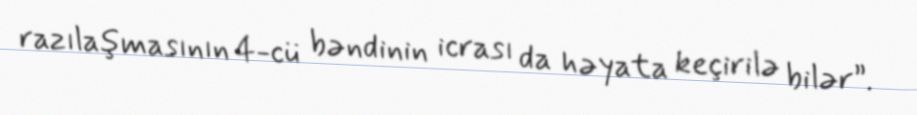
razılaşmasının 4-cü bəndinin icrası da həyata keçirilə bilər”.